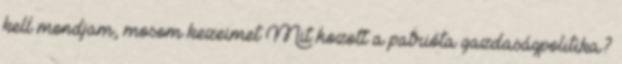
kell mondjam, mosom kezeimet Mit hozott a patrióta gazdaságpolitika?